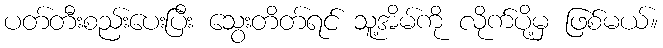
ပတ်တီးစည်းပေးပြီး သွေးတိတ်ရင် သူ့အိမ်ကို လိုက်ပို့မှ ဖြစ်မယ်။